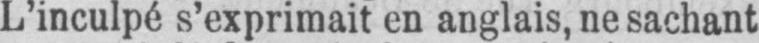
L’inculpé s’exprimait en anglais, ne sachant